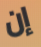
إن